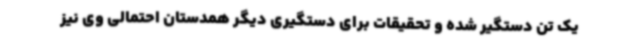
یک تن دستگیر شده و تحقیقات برای دستگیری دیگر همدستان احتمالی وی نیز